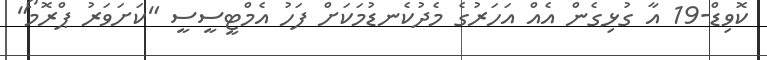
ކޮވިޑް-19 އާ ގުޅިގެން އެއް އަހަރުގެ މެދުކެނޑުމަކަށް ފަހު އެމްޓީސީސީ "ކަށަވަރު ޕްރޮމޯ"